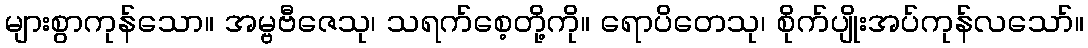
များစွာကုန်သော။ အမ္ဗဗီဇေသု၊ သရက်စေ့တို့ကို။ ရောပိတေသု၊ စိုက်ပျိုးအပ်ကုန်လသော်။